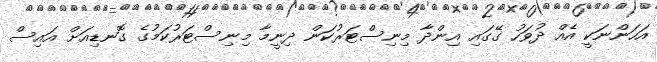
އަހަންނަކީ އެއް ދުވަހު ގޭގައި އިންދާ މިނިސްޓަރުކަން ދިނީމާ މިނިސްޓަރުކަމުގެ ގޮނޑިއަށް އައިސް